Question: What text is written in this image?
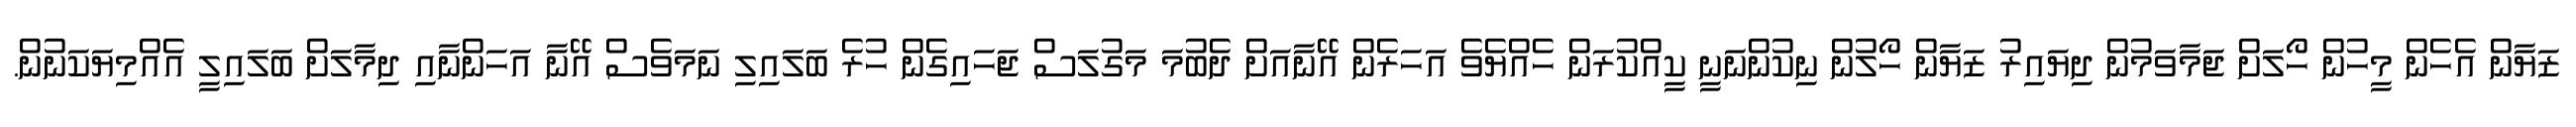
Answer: ޒަޔާން އެހެން މީހުން ހޯލަށް ޖަމާވަމުން ދިޔައިރު ޒަޔާން ހޯލުން ނިކުންނަނީ ކީއްކުރަން ހެއްޔެވެ އަހަރެން އޭނާއަށް ދެބުމަ މަގުލަސް ޖަހައިގެން ހުރެ ބަލައިލި ނަމަވެސް އޭނާ އަހަންނާއި ދިމާލަށް ބަލައިލީ އެއްމިޔަކަނުން.